Eesti_Toorahva_Kommuun, lk 48
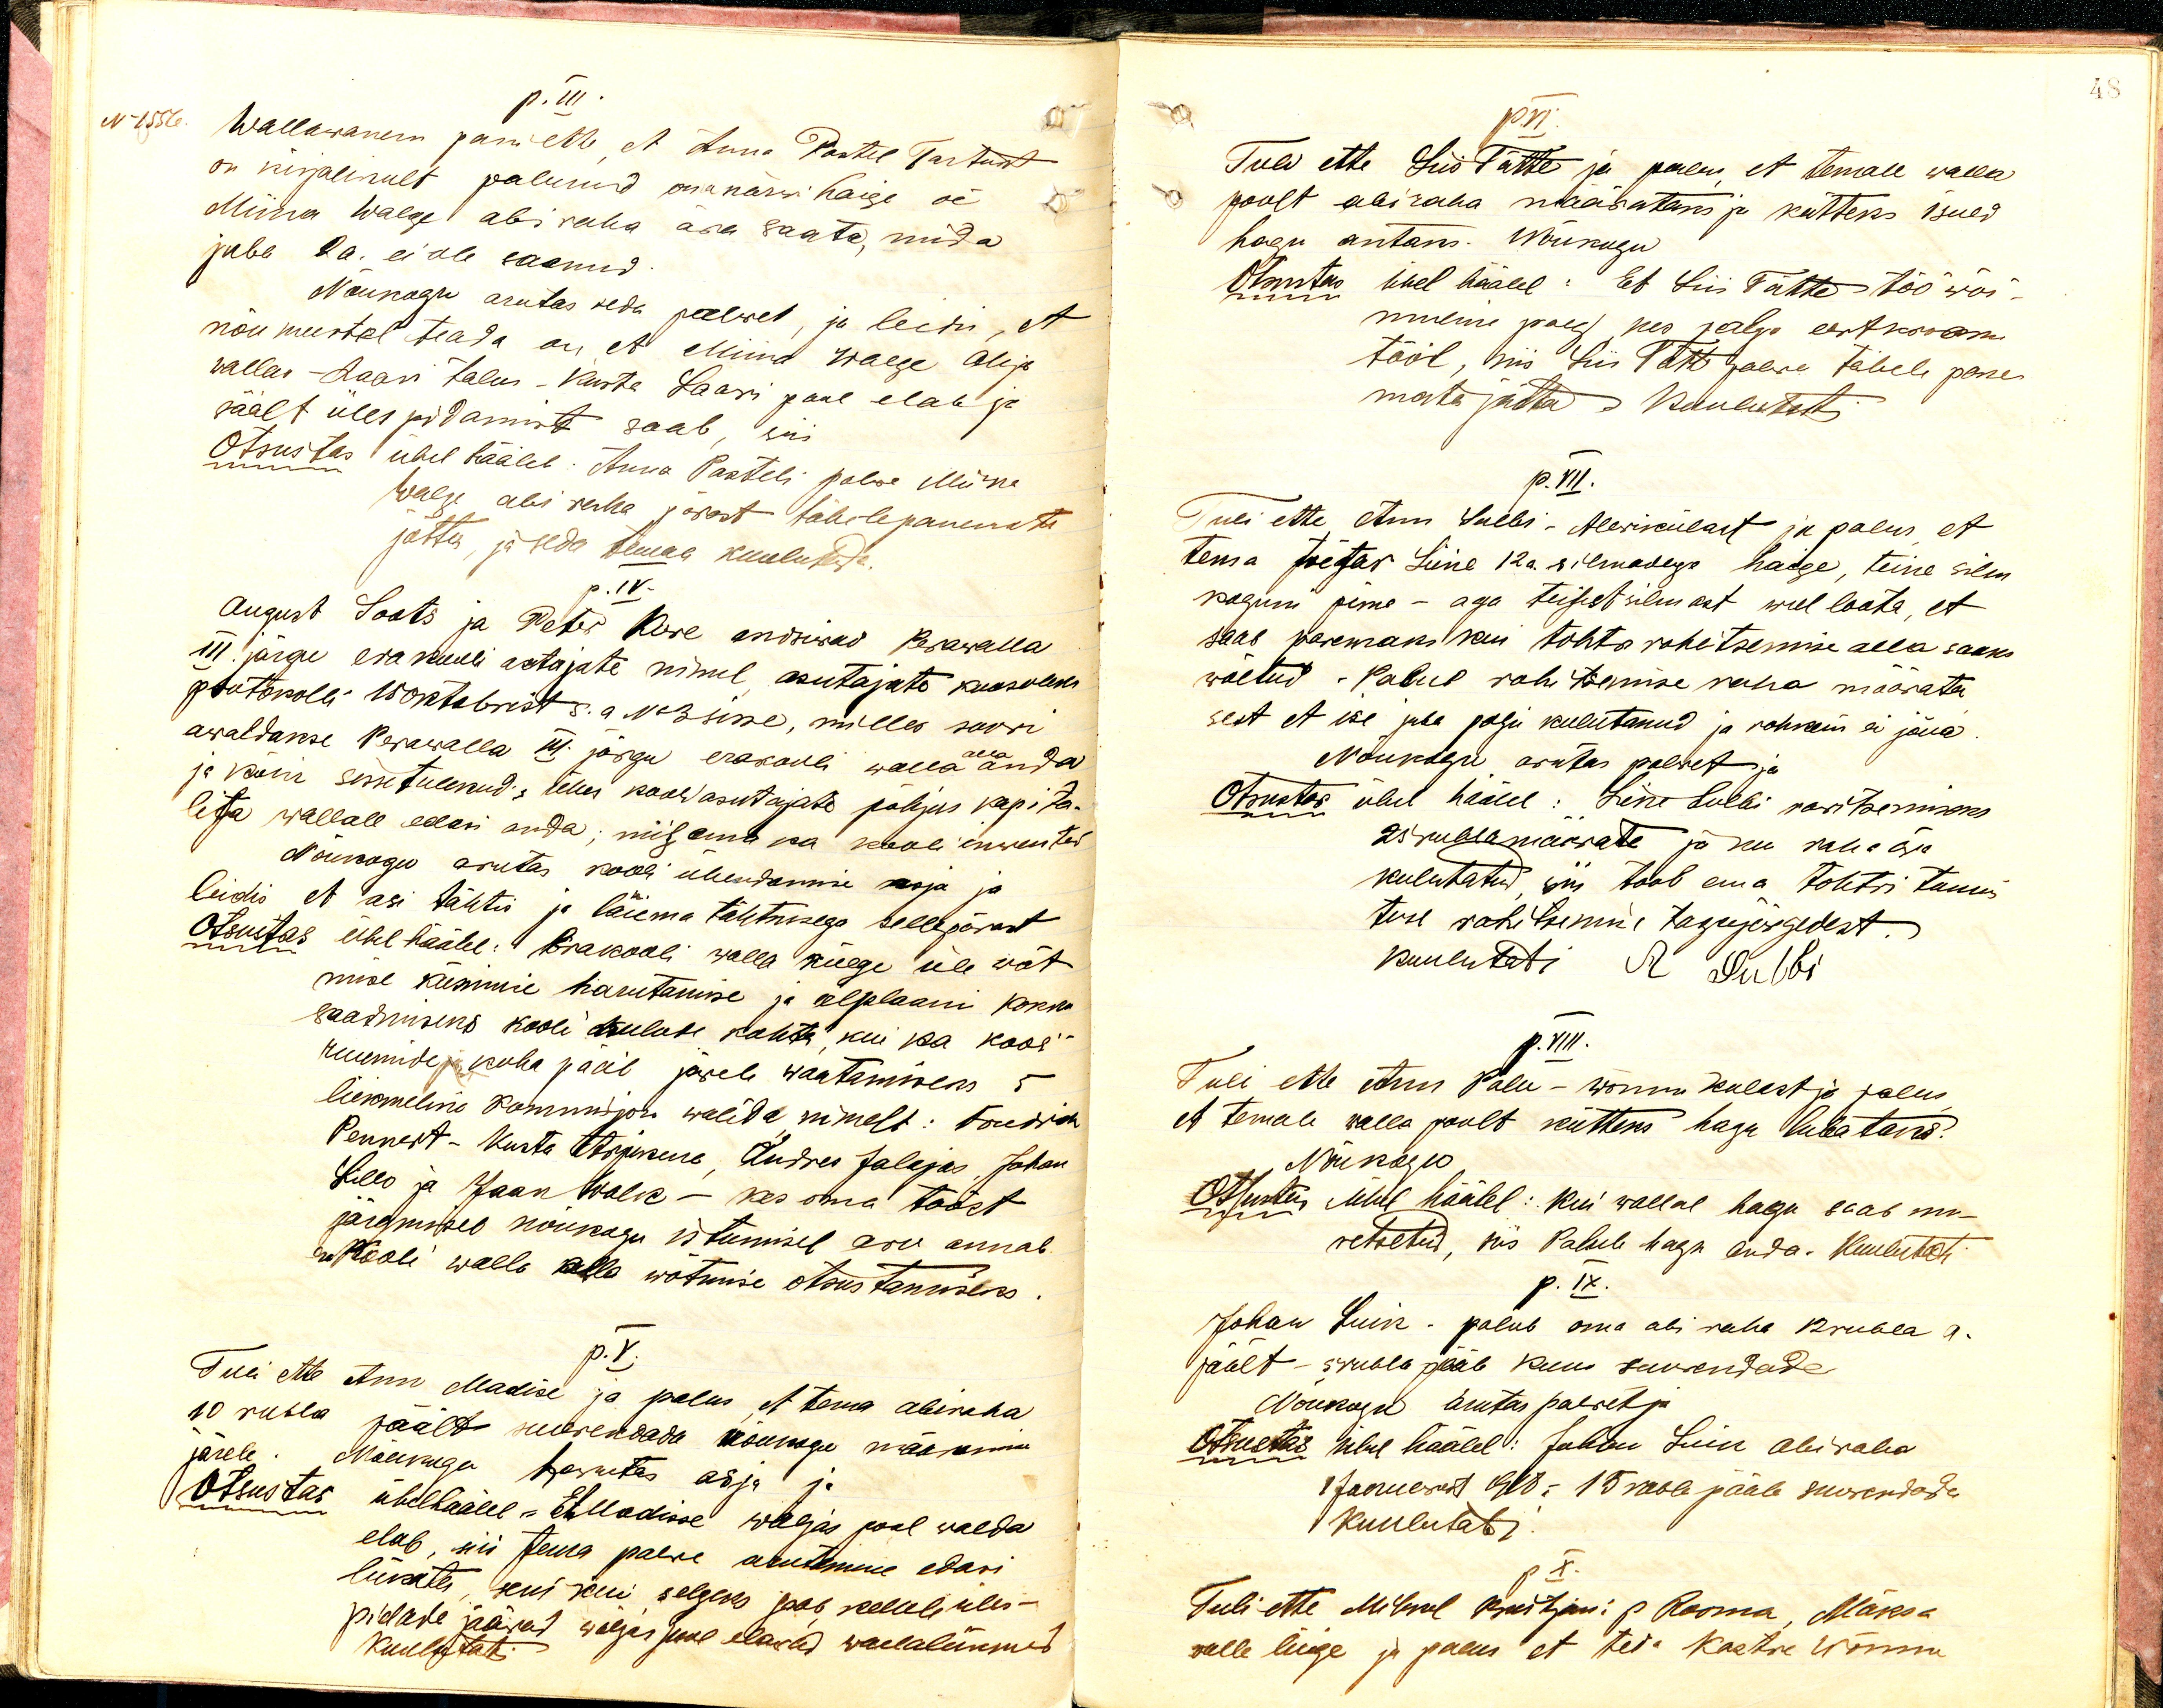
p. III.
N 1556
Wallawanem pani ette et Anna Pastel Tartust
on kirjalikult palunud oma närwi haige õe
Miina Walge abiraha ära saata, mida
juba 2a. ei ole saanud
Nõukogu arutas seda palwet, ja leidis, et
nõumeestel teada on, et Miina Walge Ahja
wallas - Laari talus - Kusta Laari pääl elab ja
säält üles pidamist saab, siis
Otsustas ühel häälel: Anna Pasteli palwe Miina
Walge abi raha pärast tähelepanemata
jätta, ja seda temale kuulutada.
p.IV.
August Soots ja Peter Kure andsiwad Perawalla
III. järgu erakooli asutajate nimel asutajate koosoleku
protokolli 10 oktobrist s.a. No 3 sisse, milles soowi
awaldakse. Perawalla III. järgu erakooli walla anda
ja kõiki sissetulekud: tehes koos asutajate põhjus kapita-
lita wallale edasi anda; niisama ka kooli inwentur
Nõukogu arutas kooli ühendamise asja ja
leidis et asi tähtis ja laiema tähtsusega sellepärast
Otsustas ühel häälel: Erakooli walla külge üle wõt-
mise küsimuse harutamise ja eelplaani kokku
saamiseks kooli kulude kohta, kui ka kooli
ruumide koha pääl järele waatamiseks 5
liikmeline Kommisjon walida nimelt: Nõudsin
Pennast - Kusta Arjukeese, Andres Jalajas, Johan
Lillo ja Jaan Walk - kes oma toast
järgmisel nõukogu istumisel aru annab
Kooli walla alla wõtmise otsustamiseks
p.V.
Tuli ette Ann Madise ja palus et tema abiraha
10 rubla päält suurendada Nõukogu määramise
järele. Nõukoga harutas asja ja
Otsustas ühelhäälel - Et Madisse wäljas pool walda
elab, siis tema palwe arutamine edasi
lükata, seni kui selgeks saab kellele üles-
pidada jääwat wäljas seal elawad wallaliikmed
Kuulatati

48

p.VI.
Tuli ette Liis Tätte ja palus, et temale walla
poolt abiraha määrataks ja kütteks 1 süld
hagu antaks. Nõukugu
Otsustus ühel häälel: Et Liis Tätte töö wõi-
meline poeg, kes palga eest koosime
tööl, siis Liis Tätte palwe tähele pane-
mata jätta. Kuulutati.
p.VII.
Tuli ette Ann Sulbi - Alewikülast ja palus, et
tema toetas Liine 12.a. silmadega haige, teine silm
koguni pime - aga teisest silmast weel loota, et
saab paremaks kui tohter rohitsemise alla saaks
wõetud. Palub rohitsemise raha määrata
sest et ise juba palju kulutanud ja rohkem ei jõua
Nõukogu arutas palwet ja
Otsustas ühel häälel: Line Sulbi rawitsemiseks
25 rubla määrata ja kui raha ära
kulutatud, siis toob oma tohtri tunnis-
tuse rohitsemise tagajärgedest.
kuulutati A Sulbi
p. VIII.
Tuli ette Ann Palu-Wõnnu külast ja palus
et temale walla poolt kütteks hagu lubataks.
Nõukogu
Otsustas Ühel häälel: Kui wallal hagu saab mu-
vetsetud, siis Palub hagu anda. Кuulutati
p. IX.
Johan Luik - palub oma abi raha 12 rubla 9.
päält - 5 rubla pääle kuus suuredada
Nõukogu arutas palwet ja
Otsustas ühel häälel: Johan Luik abi raha
1 Januarist 1918a. 15 rubla pääle suurendada
Kuulutati
p. X.
Tuli ette Mihkel Kunitjoni p Rooma, Mäksa
walla liige ja palus et teda Kastre Wõnnu